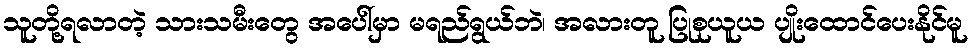
သူတို့ရလာတဲ့ သားသမီးတွေ အပေါ်မှာ မရည်ရွယ်ဘဲ၊ အလားတူ ပြုစုယူယ ပျိုးထောင်ပေးနိုင်မူ